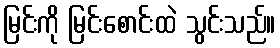
မြင်းကို မြင်းစောင်းထဲ သွင်းသည်။